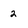
Character: 2